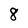
Character: 8